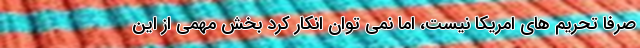
صرفا تحریم های امریکا نیست، اما نمی توان انکار کرد بخش مهمی از این